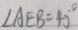
\angle A E B = 4 5 ^ { \circ }